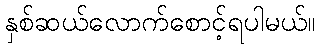
နှစ်ဆယ်လောက်စောင့်ရပါမယ်။